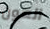
العون